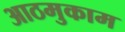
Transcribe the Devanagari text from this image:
आठमुकाम